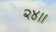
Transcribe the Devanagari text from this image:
२४॥